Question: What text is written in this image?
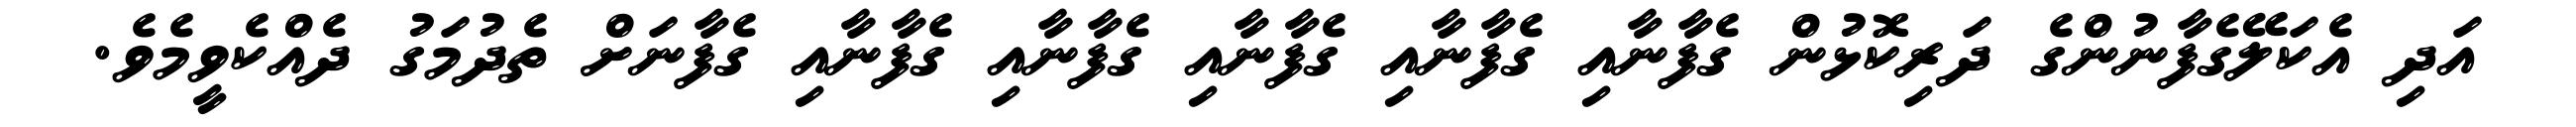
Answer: އަދި އެކަލޭގެފާނުންގެ ދަރިކޮޅުން ގެފާނާއި ގެފާނާއި ގެފާނާއި ގެފާނާއި ގެފާނާއި ގެފާނަށް ތެދުމަގު ދެއްކެވީމެވެ.